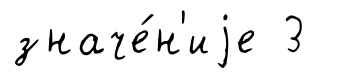
значе́н'иjе 3